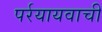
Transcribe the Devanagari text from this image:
पर्रयायवाची